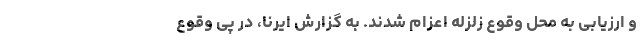
و ارزیابی به محل وقوع زلزله اعزام شدند. به گزارش ایرنا، در پی وقوع